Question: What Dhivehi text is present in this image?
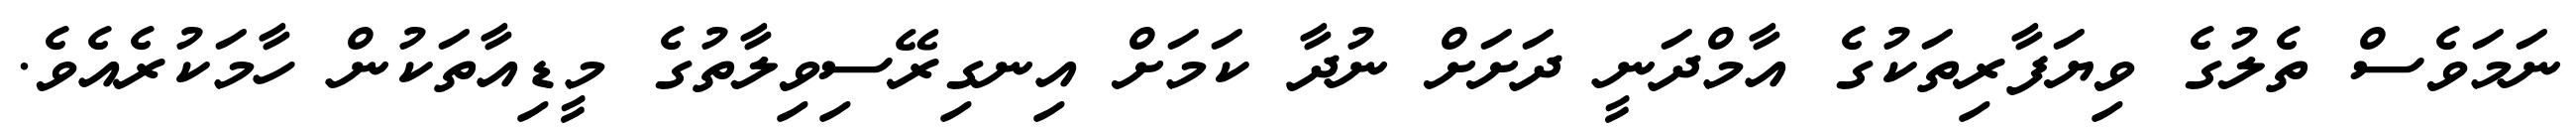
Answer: ނަމަވެސް ތެލުގެ ވިޔަފާރިތަކުގެ އާމްދަނީ ދަށަށް ނުދާ ކަމަށް އިނގިރޭސިވިލާތުގެ މީޑިއާތަކުން ހާމަކުރެއެވެ.